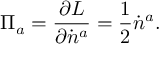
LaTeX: \Pi _ { a } = \frac { \partial { \cal L } } { \partial \dot { n } ^ { a } } = \frac { 1 } { 2 } \dot { n } ^ { a } .